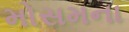
મોસમના